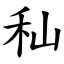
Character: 秈